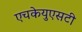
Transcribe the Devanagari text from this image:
एचकेयुएसटी